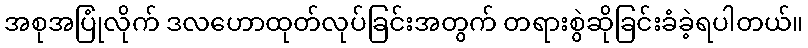
အစုအပြုံလိုက် ဒလဟောထုတ်လုပ်ခြင်းအတွက် တရားစွဲဆိုခြင်းခံခဲ့ရပါတယ်။